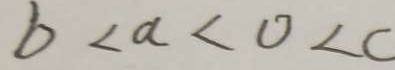
b < a < 0 < c